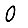
Digit: 0